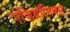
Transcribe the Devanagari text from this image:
एव्हियॉनिक्स